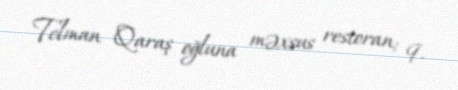
Telman Qaraş oğluna məxsus restoran; 9.